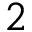
2